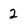
Character: 2